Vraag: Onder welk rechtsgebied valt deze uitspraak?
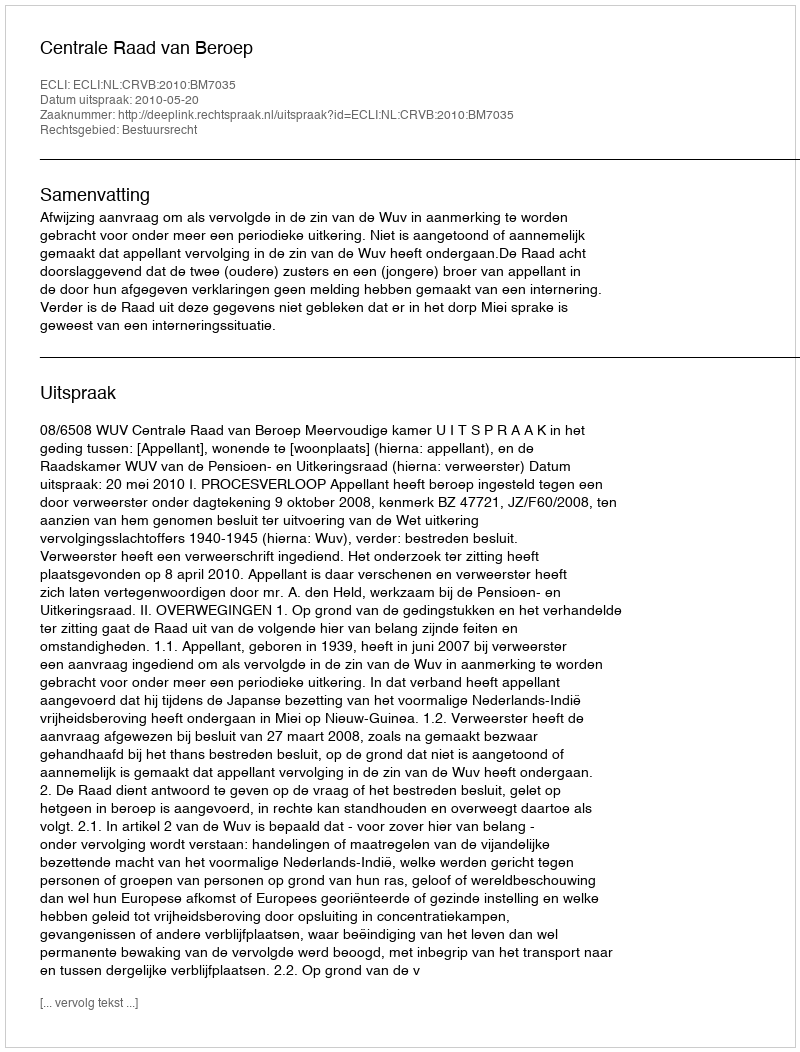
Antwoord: Bestuursrecht